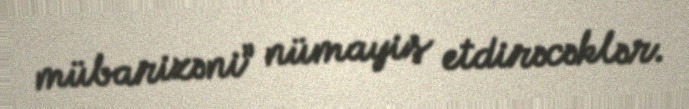
mübarizəni” nümayiş etdirəcəklər.